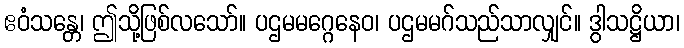
ဧဝံသန္တေ၊ ဤသို့ဖြစ်လသော်။ ပဌမမဂ္ဂေနေဝ၊ ပဌမမဂ်သည်သာလျှင်။ ဒွါသဋ္ဌိယာ၊